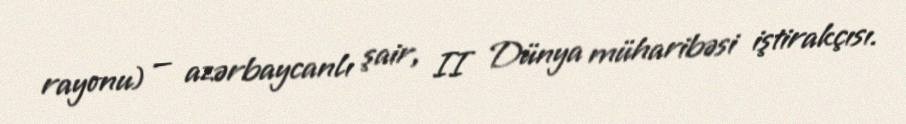
rayonu) — azərbaycanlı şair, II Dünya müharibəsi iştirakçısı.